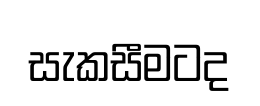
සැකසීමටද